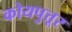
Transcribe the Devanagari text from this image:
कोयपुत्तूर